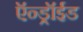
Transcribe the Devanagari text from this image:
ऍन्ड्रॉईड